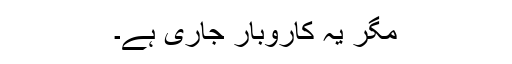
مگر یہ کاروبار جاری ہے۔